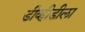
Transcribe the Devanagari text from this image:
डीव्हीडीला